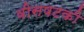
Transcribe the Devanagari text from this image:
वीसषटकी